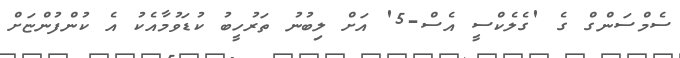
ސެމްސަންގް ގެ 'ގެލެކްސީ އެސް-5' އަށް ލިބުނު ތަރުހީބު ކުޑަވުމާއެކު އެ ކުންފުންޏަށް